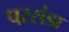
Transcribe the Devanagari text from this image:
परसंडा